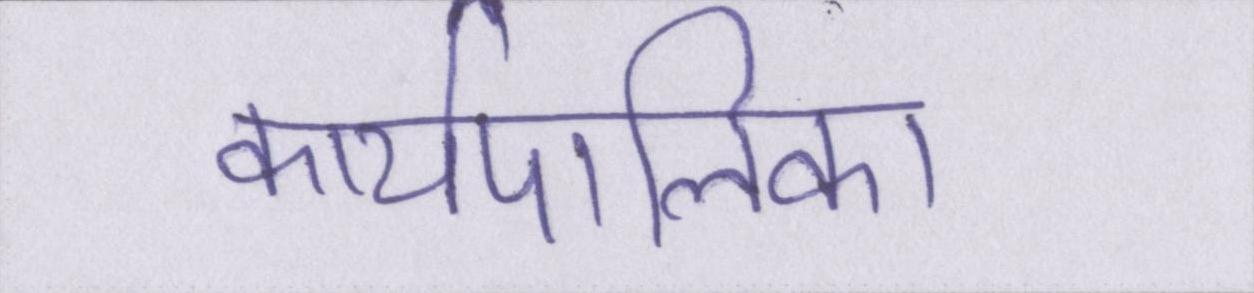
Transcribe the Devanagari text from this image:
कार्यपालिका